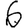
Digit: 6